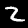
Label: 2